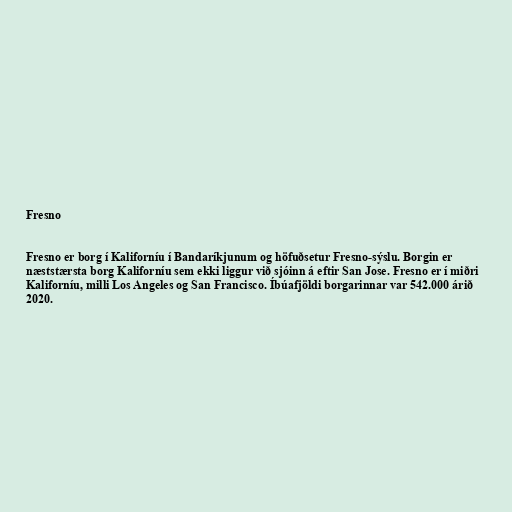
Fresno

Fresno er borg í Kaliforníu í Bandaríkjunum og höfuðsetur Fresno-sýslu. Borgin er
næststærsta borg Kaliforníu sem ekki liggur við sjóinn á eftir San Jose. Fresno er í miðri
Kaliforníu, milli Los Angeles og San Francisco. Íbúafjöldi borgarinnar var 542.000 árið
2020.